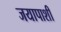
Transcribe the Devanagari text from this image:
जयापाशीं